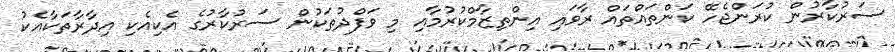
ސަރުކާރުން ކުރަންޖެހޭ ކަންތައްތައް ރާވައި އިންތިޒާމްކުރުމާއި މި ވަފްދުތަކުން ސަރުކާރުގެ އެކިއެކި އިދާރާތަކާއެކު